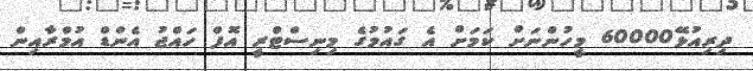
ދިރިއުޅޭ60000 މީހުންނަށް ކަމަށް އެ ގައުމުގެ މިނިސްޓްރީ އޮފް ހައްޖު އެންޑް އުމްރާއިން